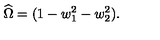
\widehat \Omega = ( 1 - w _ { 1 } ^ { 2 } - w _ { 2 } ^ { 2 } ) .